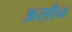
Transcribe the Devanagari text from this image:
असौन